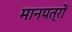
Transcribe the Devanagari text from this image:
मानपत्रों